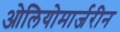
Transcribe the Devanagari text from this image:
ओलियोमार्जरीन